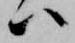
ハ